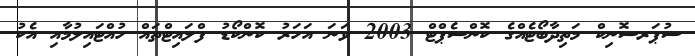
ސުޕަރސޮނިކް މަތިދާބޯޓެއްގެ ކޮންސެޕްޓް 2003 ވަނަ އަހަރު ކޮންކޯޑު ފްލައިޓްތައް ހުއްޓައިލުމާއި އެކު